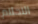
الاحلام